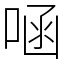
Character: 㖤